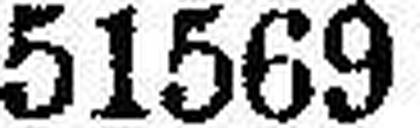
51569